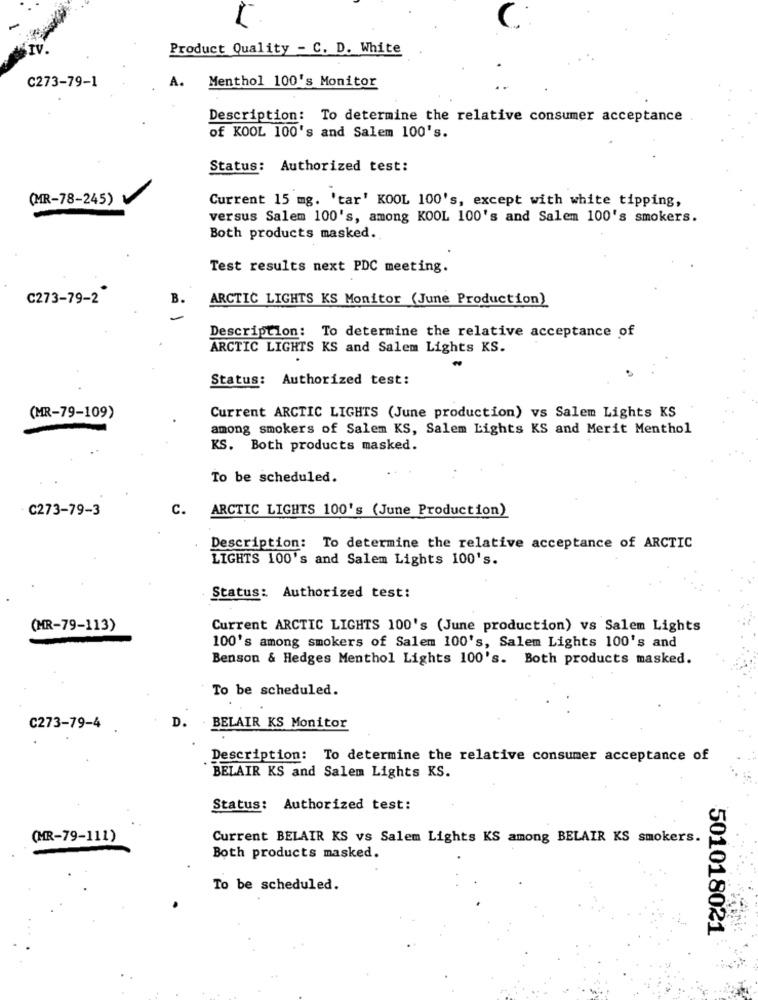
Product Quality - C. D. White
C273-79-1
A. Menthol 100's Monitor
Description: To determine the relative consumer acceptance
of KOOL 100's and Salem 100's.
Status: Authorized test:
(MR-78-245)
Current 15 mg. 'tar' KOOL 100's, except with white tipping,
versus Salem 100's, among KOOL 100's and Salem 100's smokers.
Both products masked.
Test results next PDC meeting.
C273-79-2
ARCTIC LIGHTS KS Monitor (June Production)
B.
Description: To determine the relative acceptance of
ARCTIC LIGHTS KS and Salem Lights KS.
Status: Authorized test:
(MR-79-109)
Current ARCTIC LIGHTS (June production) vs Salem Lights KS
among smokers of Salem KS, Salem Lights KS and Merit Menthol
KS. Both products masked.
To be scheduled.
C273-79-3
C.
ARCTIC LIGHTS 100's (June Production)
Description: To determine the relative acceptance of ARCTIC
LIGHTS 100's and Salem Lights 100's.
Status: Authorized test:
(MR-79-113)
Current ARCTIC LIGHTS 100's (June production) vs Salem Lights
100's among smokers of Salem 100's, Salem Lights 100's and
Benson & Hedges Menthol Lights 100's. Both products masked.
To be scheduled.
C273-79-4
D.
BELAIR KS Monitor
Description: To determine the relative consumer acceptance of
BELAIR KS and Salem Lights KS.
Status: Authorized test:
(MR-79-111)
Current BELAIR KS vs Salem Lights KS among BELAIR KS smokers.
Both products masked.
To be scheduled.
501018021